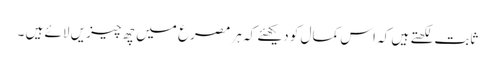
ثابت لکھتے ہیں کہ اس کمال کو دیکھئے کہ ہر مصرع میں چھ چیزیں لائے ہیں ۔